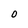
Character: O